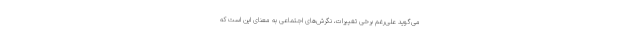
می‌گوید علی‌رغم برخی تغییرات، نگرش‌های اجتماعی به معنای این است که